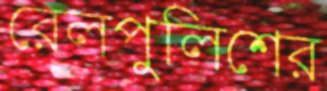
রেলপুলিশের